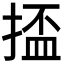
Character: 𫽗